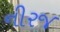
નીરજ